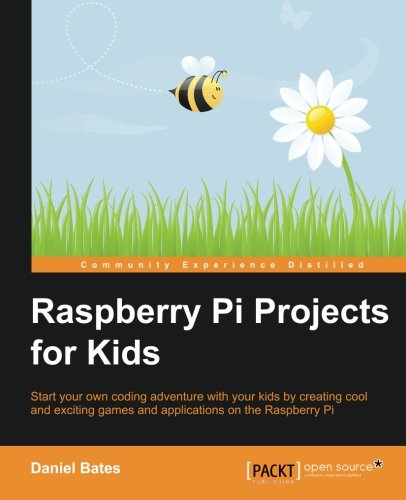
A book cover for Raspberry Pi Projects for Kids; Daniel Bates; Computers & Technology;